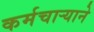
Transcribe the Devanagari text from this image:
कर्मचार्‍याने